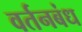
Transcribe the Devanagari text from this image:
वर्तनबंध